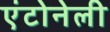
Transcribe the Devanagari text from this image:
एंटोनेली